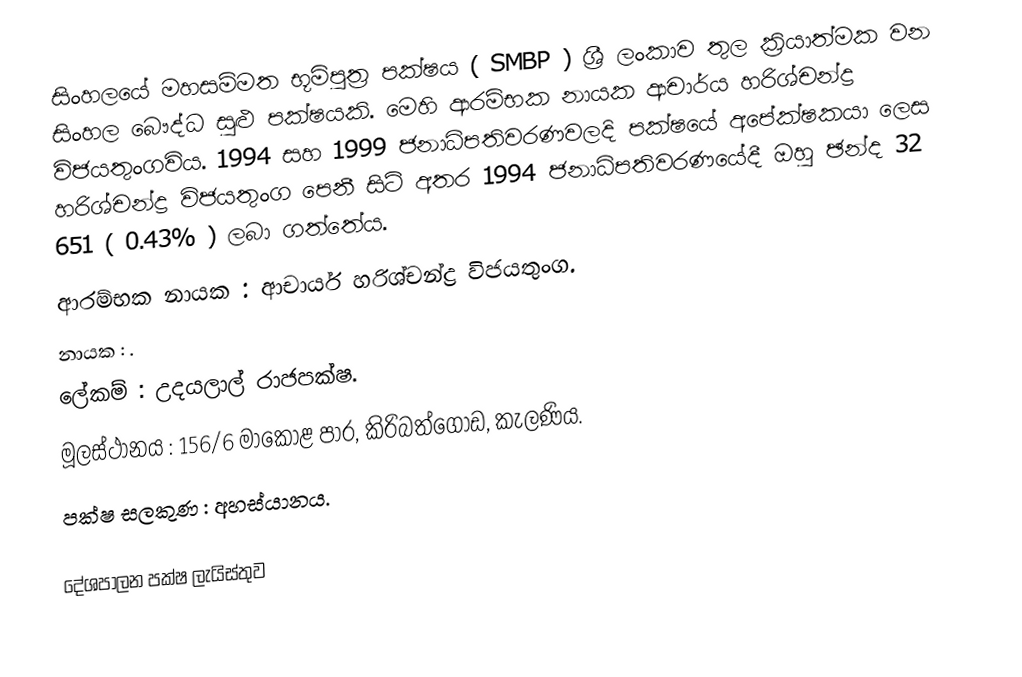
සිංහලයේ මහසම්මත භූමිපුත්‍ර පක්ෂය ( SMBP )   ශ්‍රී ලංකාව තුල ක්‍රියාත්මක වන සිංහල බෞද්ධ සුළු පක්ෂයකි. මෙහි ආරම්භක නායක ආචාර්ය හරිශ්චන්ද්‍ර විජයතුංගවිය. 1994 සහ 1999 ජනාධිපතිවරණවලදි පක්ෂයේ අපේක්ෂකයා ලෙස  හරිශ්චන්ද්‍ර විජයතුංග පෙනී සිටි අතර 1994 ජනාධිපතිවරණයේදී ඔහු ඡන්ද 32 651 ( 0.43% ) ලබා ගත්තේය.
 ආරම්භක නායක : ආචාර්ය හරිශ්චන්ද්‍ර විජයතුංග.
 නායක : .
 ලේකම් : උදයලාල් රාජපක්ෂ.
 මූලස්ථානය : 156/6 මාකොළ පාර, කිරිබත්ගොඩ, කැලණිය.
 පක්ෂ සලකුණ : අහස්යානය.

දේශපාලන පක්ෂ ලැයිස්තුව